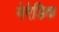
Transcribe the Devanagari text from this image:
मेरेडिक